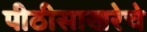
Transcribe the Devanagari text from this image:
पीठीसाखरेचे